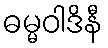
ဓမ္မဝါဒိနီ